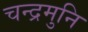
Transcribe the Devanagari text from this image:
चन्द्रमुनि